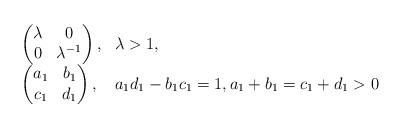
LaTeX: \begin{align*}\begin{array}{ll}\begin{pmatrix}\lambda&0\\0&\lambda^{-1}\end{pmatrix},& \lambda>1,\\\begin{pmatrix}a_1&b_1\\c_1&d_1\end{pmatrix}, &a_1d_1-b_1c_1=1, a_1+b_1=c_1+d_1>0\end{array}\end{align*}